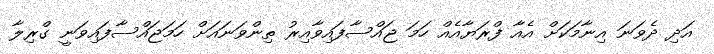
އަދި ދެވަނަ އިނާމަކަށް އެއާ ފްރަޔާއެއް ހަމަ ޖައްސާފައިވާއިރު ތިންވަނައަށް ހަމަޖައްސާފައިވަނީ ގްރިލާ